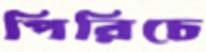
পিরিচে